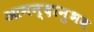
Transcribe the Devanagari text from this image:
आनन्दानुभव